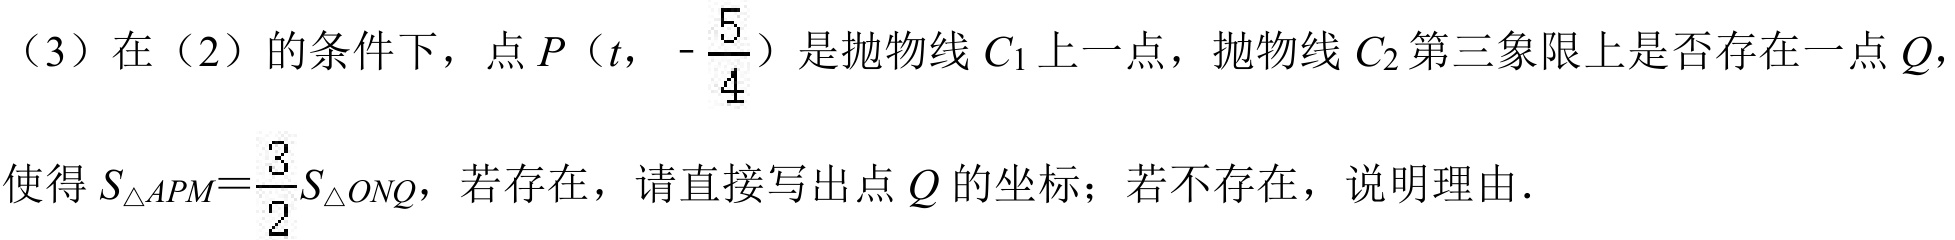
（3）在（2）的条件下，点\(P\left(t,-\frac{5}{4}\right)\)是抛物线\(C_{1}\)上一点，抛物线\(C_{2}\)第三象限上是否存在一点\(Q\)，
使得\(S_{\triangle APM}=\frac{3}{2}S_{\triangle ONQ}\)，若存在，请直接写出点\(Q\)的坐标；若不存在，说明理由.